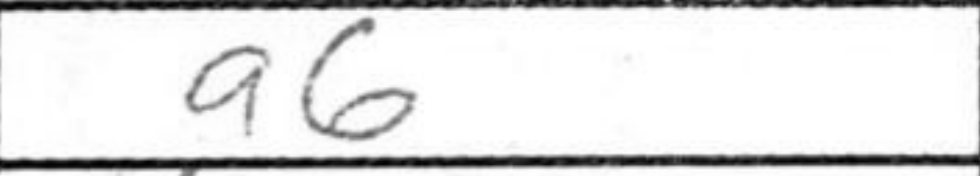
Transcription: a6